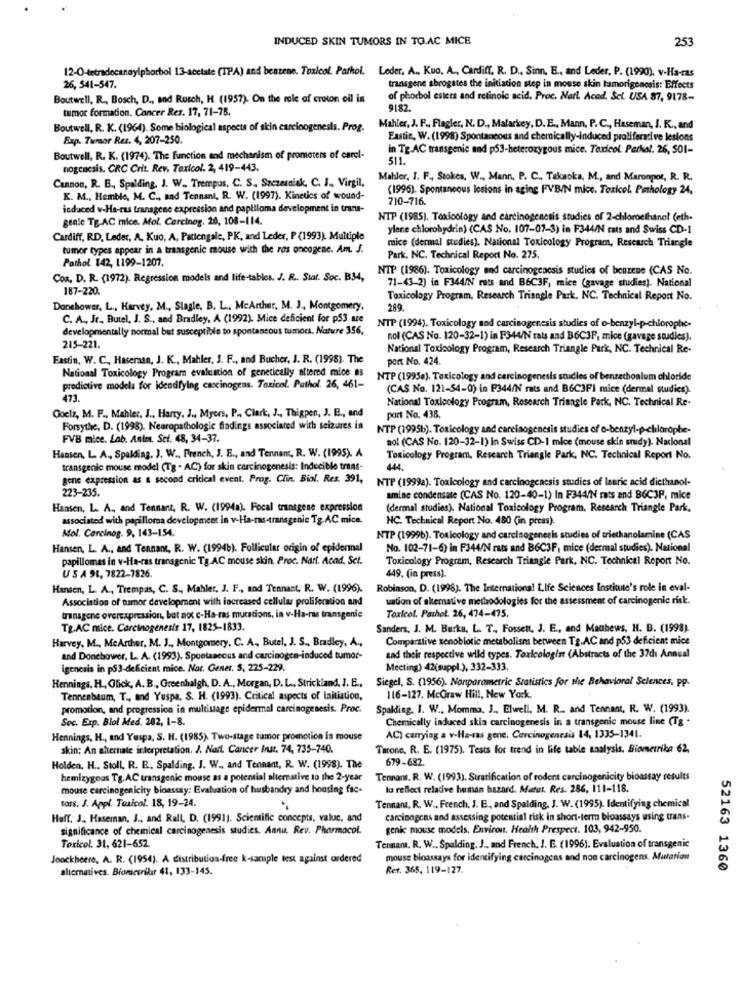
INDUCED SKIN TUMORS IN TO.AC MICE
253
12-O-tetradecaneyiphorbol 13-acetate (IPA) and bentene. Toxicol. Pathol. Leder. A ., Kuo, A ., Cardiff. R. D ., Sinn. E ., and Leder, P. (1990). v-Ha-ras
26, 541-547.
transgene abrogates the initiation step in mouse skin tamorigenesis: Effects
Boutwell, R ., Bosch, D ., and Rusch, H. (1957). On the role of croton oil in
of phorbol esters and retinoic acid. Proc. Narl Acad. Sci. USA 87, 9178-
tumor formation. Cancer Res. 17, 71-78.
9182.
Boutwell, R. K. (1964). Some biological aspects of skin carcinogenesis. Prog. Mahler, J. F ., Flagler, N. D ., Malarkey, D.E ., Mann, P. C ., Haseman, J. K ., and
Exp. Tumor Res. 4, 207-250.
Eastin, W. (1998) Spontaneous and chemically-induced proliferative lesions
in Tg.AC transgenic and p53-heterozygous mice. Toxicol. Perhal. 26, S01-
Boutwell, R. K. (1974). The function and mechanism of promoters of carel-
511.
nogencsis. CRC Crit. Rev. Toxicol. 2, 419-443.
Cannon, R. B ., Spalding, J. W ., Trempus, C. S ., Szczerniak, C. J ., Virgil,
Mahler, I. F ., Stokes, W ., Mann, P. C ., Takaoka, M ., and Maronpot, R. R.
(1996). Spontaneous lesions in aging FVBIN mice. Toxicol. Pathology 24,
K. M ., Hemble, M. C ., sad Tennant, R. W. (1997). Kinetics of wound-
710-716.
induced v-Ha-ras transgene expression and papilloma development in trans-
genle Tg.AC mice. Mol. Carcinog. 20, 108-114.
NTP (1985). Toxicology and carcinogenesis studies of 2-chloroethanol (eth-
ylene chlorohydrin) (CAS No. 107-07-3) in F344/N rats and Swiss CD-1
Cardiff, RD, Leder, A, Kuo, A, Pattengale, PK, and Leder, P (1993). Multiple
mice (dermal studies). National Toxicology Program, Research Triangle
tumor types appear in a transgenic mouse with the ros oncogene. Am. J.
Pathol 142, 1199-1207.
Park, NC. Technical Report No. 275.
NTP (1986). Toxicology and carcinogenesis studies of benzene (CAS No.
Con. D. R. (1972). Regression models and life-tables. J. R .. Siaf. Soc. B34,
187-220.
71-43-2) in F344/N rats and B6C3F, mice (gavage studies). National
Toxicology Program, Research Triangle Park, NC. Technical Report No.
Donchower, L ., Harvey, M ., Slagle, B. L ., McArthur, M. J ., Montgomery,
289.
C. A ., Jr ., Butel, J. S ., and Bradley, A (1992). Mice deficient for p53 are
developmentally normal but susceptible to spontaneous tumors. Nature 356,
NTP (1994). Toxicology and carcinogenesis studies of o-benzyl-p-chlorophe-
nol (CAS No. 120-32-1) in F344/N rats and B6C3P, mice (gavage studies).
215-221.
National Toxicology Program, Research Triangle Park, NC. Technical Re-
Eastin, W. C ., Haseraan, J. K ., Mahler, J. F ., and Bucher, J. R. (1998). The
port No. 424
National Toxicology Program evaluation of genetically altered mice as
NTP (1995e). Toxicology and carcinogenesis studies of benzechoalum chloride
predictive models for identifying carcinogens. Toxicol. Pathol. 26, 461-
(CAS No. 121-54-0) in F344/N rats and B6C3FI mice (dermal studies).
473.
National Toxicology Program, Research Triangle Park, NC. Technical Re-
Goela, M. P ., Mahler, J ., Harry. J ., Myers, P ., Clark, J ., Thigpen, J. B ., and
port No. 438.
Forsythe, D. (1998). Neuropathologie findings associated with seizures in
NTP (1995b). Toxicology and carcinogenesis studies of e-benzyl-p-chlorophe-
FVB mice. Lab. Anim. Sci. 48, 34-37.
aol (CAS No. 120-32-1) in Swiss CD-1 mice (mouse skin study). Nacional
Hansen, L. A ., Spalding. J. W ., French, J. E ., and Tennant, R. W. (1995). A
Toxicology Program, Research Triangle Park, NC. Technical Report No.
transgenic mouse model (Tg . AC) for skin carcinogenesis: Inducible trans-
gene expression as a second critical event. Prog. Clin. Biol. Res. 391,
NTP (1999a). Toxicology and carcinogenesis studies of lauric acid diethanol-
223-235.
amine condensate (CAS No. 120-40-1) In F344/N rats and BGC3P, mice
Hansen, L. A ., and Tennant, R. W. (1994a). Focal transgene expression
(dermal studies). National Toxicology Program. Research Triangle Park,
associated with papilloma development in v-Ha-mas-transgenic Tg.AC mice.
NC. Technical Report No. 480 (in press).
Mol. Carelnog. 9, 143-154.
NTP (19996). Toxicology and carcinogenesis studies of triethanolamine (CAS
Hansen, L. A ., and Tennant, R. W. (1994b). Follicular origin of epidermal
No. 102-71-6) in F344/N rats and B6C3F, mice (dermal studies). National
papillomas in v-Ha-ras transgenic Tg.AC mouse skin. Proc. Nari. Acad. Sct.
Toxicology Program, Research Triangle Park, NC. Technical Report No.
USA SI, 7822-1826.
449. (in press).
Hansen, L. A ., Trempas, C. S ., Mahler, J. F ., and Tennant, R. W. (1996).
Robinson, D. (1998). The International Life Sciences Institute's role in eval-
Association of tumor development with increased cellular proliferation and
uation of skemative methodologies for the assessment of carcinogenic risk.
transgene overexpression, but not c-Ha-ras mucations, in v-Ha-ras transgenic
Toxicol. Pathol. 26, 474-475.
Tg.AC mice. Carcinogenesis 17, 1825-1833.
Sanders, J. M. Burks. L. T ., Fossett, J. E ., and Mathews, H. B. (1998).
Harvey. M ., McArthur, M. J ., Montgomery, C. A, Butel, J. S ., Bradley, A .,
Comparttive xenobiotic metabolism between Tg.AC and p53 deficient mice
and Doncbower, L. A. (1993). Spontaneous and carcinogen-induced tumor-
and their respective wild types. Toxicologist (Abstracts of the 37ch Annual
igenesis in p53-deficient mice. Nat. Gener. 5, 225-229.
Mecting) 42(suppl.), 332-333.
Hennings. H ., Glick, A. B ., Greenhalgh, D. A ., Morgan, D. L .. Strickland, J. E .,
Siegel, S. (1956). Nonparametric Statistics for the Behavioral Sciences, pp.
Tennenbaum, T ., and Yuspa, S. H. (1993). Critical aspects of initiation,
116-127. McGraw Hill, New York.
promotion, and progression in multistage epidermal carcinogenesis. Proc.
Spalding. I. W ., Momma, 3 ., Elwell, M. R .. and Tennant, R. W. (1993).
Soc. Exp. Biol Med. 202, 1-8.
Chemically induced skin carcinogenesis in a transgenic mouse line (Tg .
Hennings, H ., and Yespa, S. H. (1985). Two-stage tumor promotion is mouse
AC) carrying a v-Ha-ras gene. Carcinogenesis 14, 1335-1341.
skin: An alternate interpretation. J. Nart. Cancer Inst. 74, 735-740.
Tarone. R. E. (1975). Tests for trend in life table analysis. Biometriba 62,
679-682.
Holden. H ., Stoll, R. E. Spalding. J. W ., and Tennant, R. W. (1998). The
hemizygous Tg.AC transgenic mouse as a potential alternative to the 2-year
Tennant. R. W. (1993). Stratification of rodent carcinogenicity bioassay results
mouse carcinogenicity bioassay: Evaluation of husbandry and housing fac-
to reflect relative human hazard. Mutat. Res. 286, 111-118.
tors. J. Appl. Toxicol. 18, 19-24.
Tennam, R. W ., French, J. B ., and Spalding, J. W. (1995). Identifying chemical
Huff. J .. Haseman, J ., and Rall, D. (1991). Scientific concepts, valuc, and
carcinogens and assessing potential risk in short-term bloassays using trans-
significance of chemical carcinogenesis studies. Annu Rev. Pharmacol.
genic mouse models. Environ. Health Prespect. 103, 942-950.
Toxicol. 31, 621-652
Tennant. R. W ., Spalding. J .. and French, J. E. (1996). Evaluation of transgenic
Jonckheere, A. R. (1954). A distribution-free k-sample test against ordered
mouse bioassays for identifying carcinogens and non carcinogens. Mutation
alternatives. Biometribar 41, 133-145.
Rer. 365, 119-127.
52163 1360